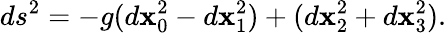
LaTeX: ds^{2}=-g(d\mathbf{x}_{0}^{2}-d\mathbf{x}_{1}^{2})+(d\mathbf{x}_{2}^{2}+d\mathbf{x}_{3}^{2}).